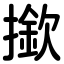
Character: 撳